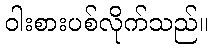
ဝါးစားပစ်လိုက်သည်။